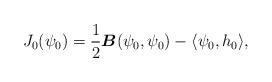
LaTeX: \begin{align*}J_0(\psi_0)=\frac{1}{2}\boldsymbol{B} (\psi_0, \psi_0)-\langle \psi_0,h_0\rangle,\end{align*}